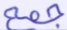
جمع